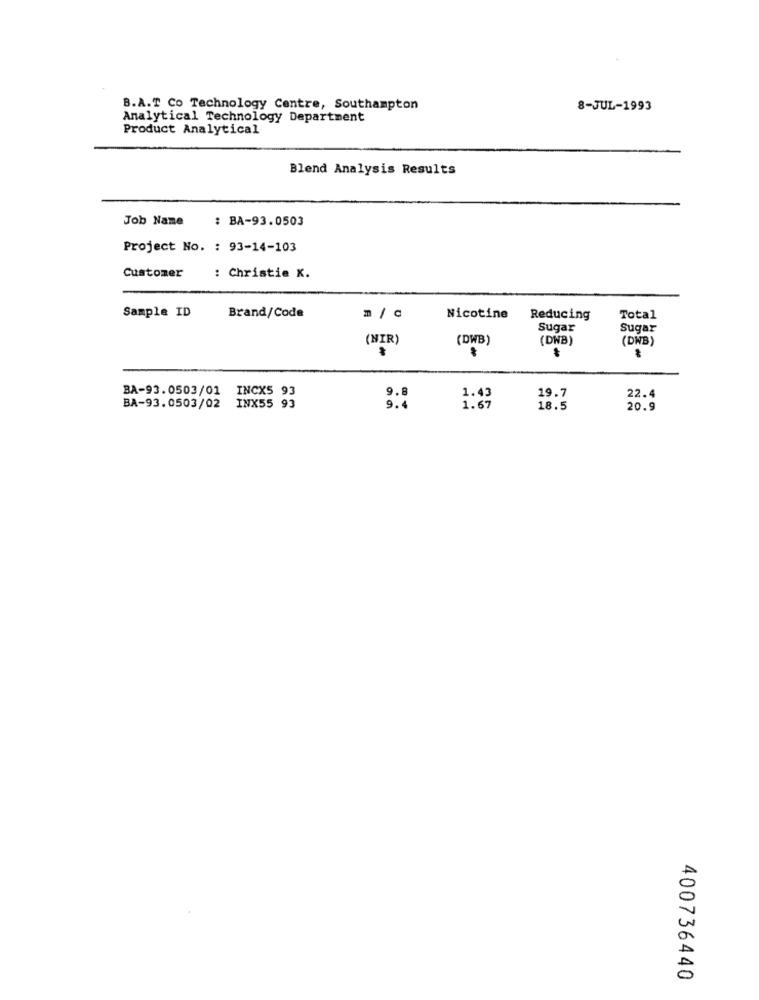
B.A.T Co Technology Centre, Southampton
8-JUL-1993
Analytical Technology Department
Product Analytical
Blend Analysis Results
Job Name
: BA-93.0503
Project No. : 93-14-103
Customer
: Christie X.
Sample ID
Brand/Code
m / c
Nicotine
Reducing
Total
Sugar
Sugar
(NIR)
(DWB)
(DWB)
(DWB)
BA-93.0503/01 INCX5 93
1.43
19.7
22.4
BA-93.0503/02 INX55 93
9.
1.67
18.5
20.9
400736440